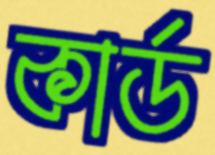
কার্ড